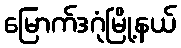
မြောက်ဒဂုံမြို့နယ်